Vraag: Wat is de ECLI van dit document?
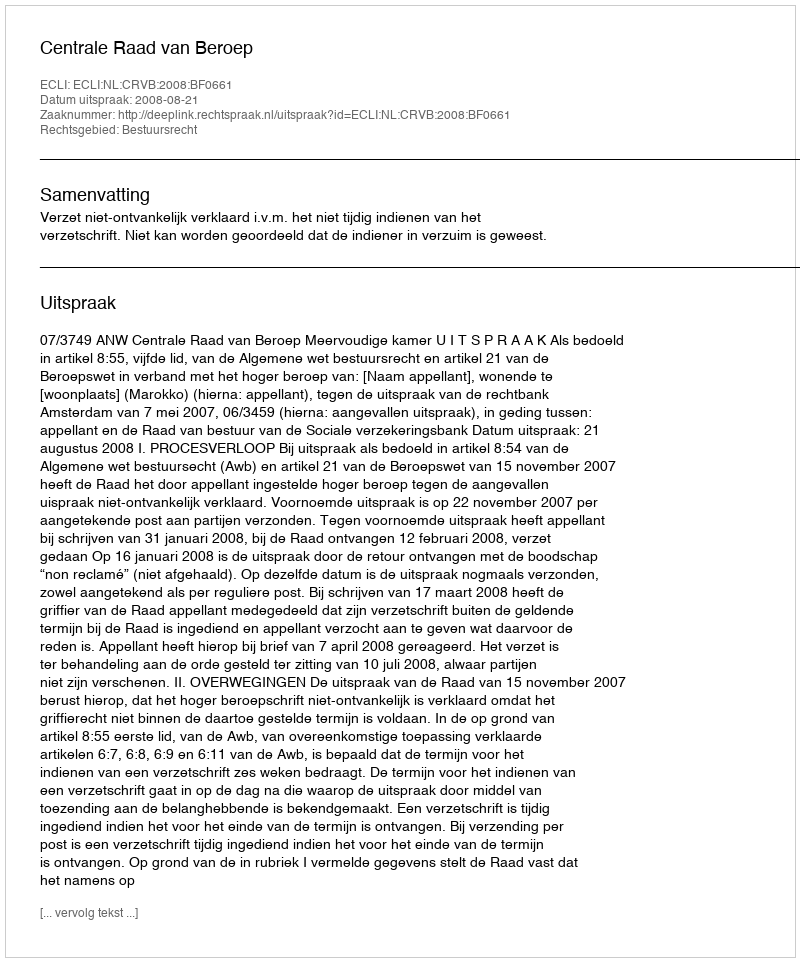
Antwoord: ECLI:NL:CRVB:2008:BF0661